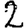
Digit: 2